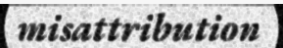
misattribution